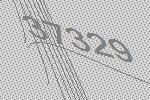
37329